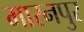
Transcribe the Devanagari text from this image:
मारनपुर